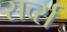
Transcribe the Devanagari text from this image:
सर्व्स